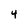
Character: 4